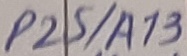
Text: P25/A13